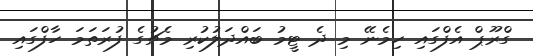
ގްރޫޕް އެފްގައި ހިމެނޭ މި ދެ ޓީމު ބައްދަލުކުރި މެޗުގެ ފުރަތަމަ ހާފްގައި